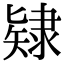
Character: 𨽹